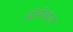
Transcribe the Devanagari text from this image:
सीमेबद्दल